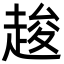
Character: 䞭